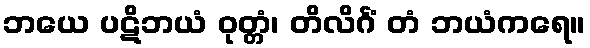
ဘယေ ပဋိဘယံ ဝုတ္တံ၊ တိလိင်္ဂံ တံ ဘယံကရေ။